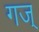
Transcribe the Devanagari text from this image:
गज्